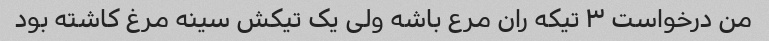
من درخواست ۳ تیکه ران مرع باشه ولی یک تیکش سینه مرغ کاشته بود